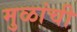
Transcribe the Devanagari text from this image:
मुळांची